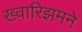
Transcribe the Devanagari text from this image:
ख्वारिझमने